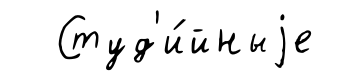
Студ'и́йныjе